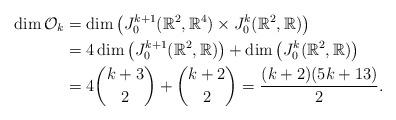
LaTeX: \begin{align*}\dim \mathcal O_k &= \dim\left(J_0^{k+1}(\mathbb R^2, \mathbb R^4) \times J_0^k(\mathbb R^2,\mathbb R)\right) \\&= 4\dim \left(J_0^{k+1}(\mathbb R^2, \mathbb R)\right)+\dim\left( J_0^k(\mathbb R^2,\mathbb R)\right) \\&=4 \binom{k+3}{2}+\binom{k+2}{2}= \frac{(k+2)(5k+13)}{2}.\end{align*}